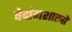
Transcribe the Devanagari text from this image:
वेदांगशास्त्रों